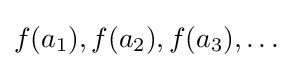
f(a_{1}),f(a_{2}),f(a_{3}),\dots